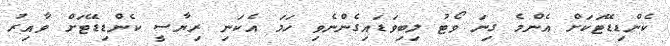
ކެންޑިޑޭޓަކަށް އެންމެ ގިނަ ވޯޓު ލިބިވަޑައިގެންނެވި ހަމަ އެކަނި ރިޔާސީ ކެންޑިޑޭޓަށް ވާއިރު